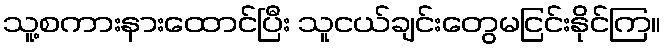
သူ့စကားနားထောင်ပြီး သူငယ်ချင်းတွေမငြင်းနိုင်ကြ။